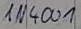
Text: IN4001